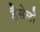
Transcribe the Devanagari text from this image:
डैसेलो